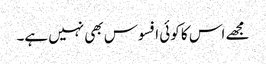
مجھے اس کا کوئی افسوس بھی نہیں ہے۔